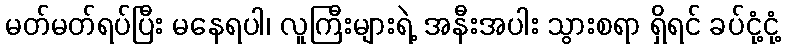
မတ်မတ်ရပ်ပြီး မနေရပါ၊ လူကြီးများရဲ့ အနီးအပါး သွားစရာ ရှိရင် ခပ်ငုံ့ငုံ့